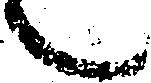
々